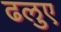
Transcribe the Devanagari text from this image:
ढलुए